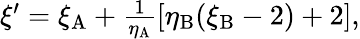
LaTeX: \begin{array}{r}{\xi^{\prime}=\xi_{\mathrm{A}}+\frac{1}{\eta_{\mathrm{A}}}[\eta_{\mathrm{B}}(\xi_{\mathrm{B}}-2)+2],}\end{array}